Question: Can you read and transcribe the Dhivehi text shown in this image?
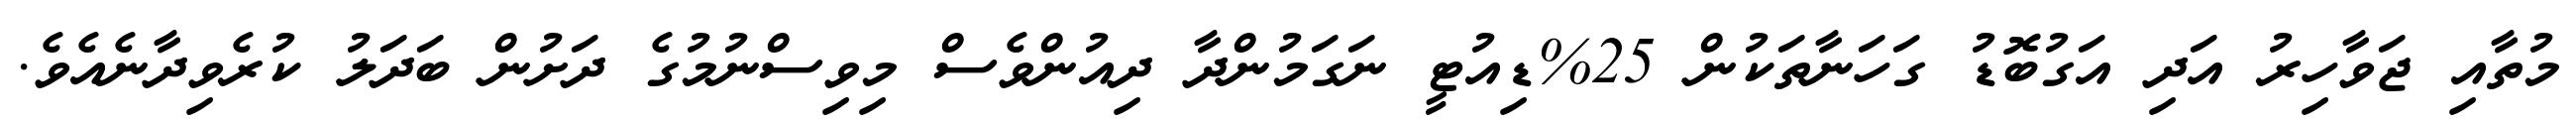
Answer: މުތާއި ޖަވާހިރު އަދި އަގުބޮޑު ގަހަނާތަކުން 25%ޑިއުޓީ ނަގަމުންދާ ދިއުންވެސް މިވިސްނުމުގެ ދަށުން ބަދަލު ކުރެވިދާނެއެވެ.